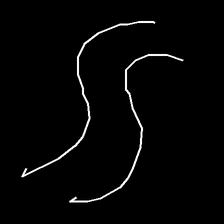
Glyph: float